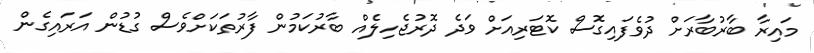
މައިރާ ބާރުބާރަށް ދުވެފައިގޮސް ކޮޓަރިއަށް ވަދެ ދޮރުޖެހިލެއް ބާރުކަމުން ފާރުތަކަށްވެސް ގުޑުން އަރައިގެން